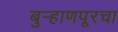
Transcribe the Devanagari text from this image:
बुर्‍हाणपूरचा